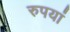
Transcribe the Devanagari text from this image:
रुपयां